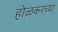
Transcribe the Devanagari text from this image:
होळकरच्या